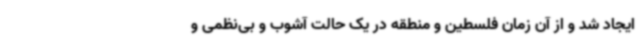
ایجاد شد و از آن زمان فلسطین و منطقه در یک حالت آشوب و بی‌نظمی و